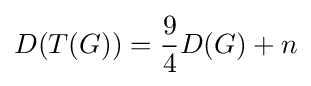
D(T(G))={\frac {9}{4}}D(G)+n